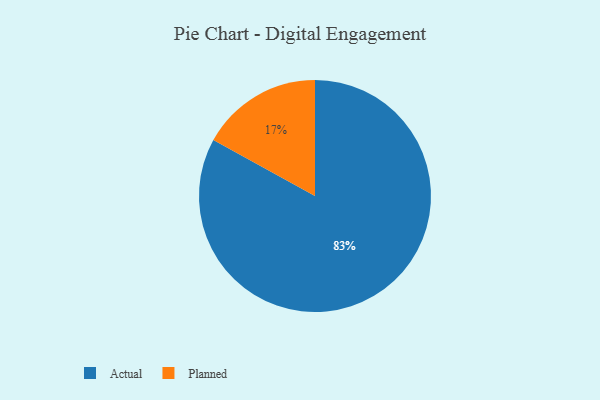
{"axis": {"x": "Category", "y": "Percentage"}, "legend": ["Actual", "Planned"], "data": [{"x": "Actual", "y": 83, "type": "Actual"}, {"x": "Planned", "y": 17, "type": "Planned"}]}